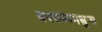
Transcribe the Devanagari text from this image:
वक्तव्यमधुना